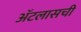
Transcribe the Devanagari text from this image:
ॲटलासची